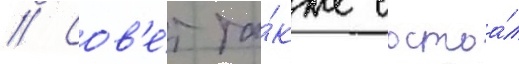
// Сов'е́т та́кже состоа́л